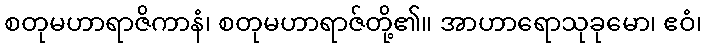
စတုမဟာရာဇိကာနံ၊ စတုမဟာရာဇ်တို့၏။ အာဟာရောသုခုမော၊ ဧဝံ၊